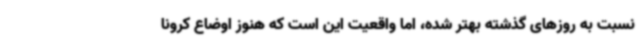
نسبت به روزهای گذشته بهتر شده، اما واقعیت این است که هنوز اوضاع کرونا